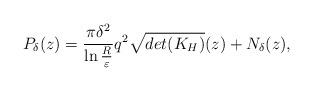
LaTeX: \begin{align*}P_\delta(z)=\frac{\pi\delta^2}{\ln\frac{R}{\varepsilon}}q^2\sqrt{det(K_H)}(z)+N_\delta(z),\end{align*}